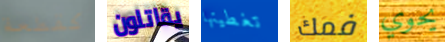
كقطعة يقاتلون تغطيتها فمك يحوي